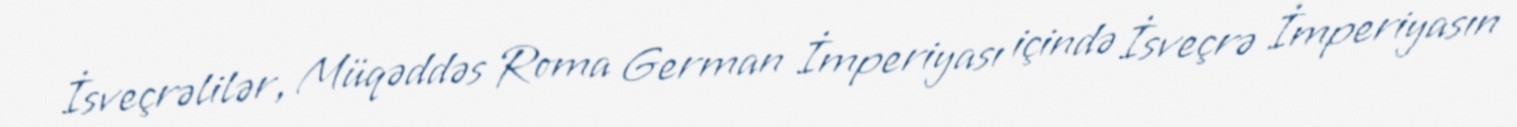
İsveçrəlilər, Müqəddəs Roma German İmperiyası içində İsveçrə İmperiyasın